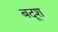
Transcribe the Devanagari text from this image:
बदूश